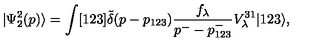
| \Psi _ { 2 } ^ { 2 } ( p ) \rangle = \int [ 1 2 3 ] \tilde { \delta } ( p - p _ { 1 2 3 } ) \frac { f _ { \lambda } } { p ^ { - } - p _ { 1 2 3 } ^ { - } } V _ { \lambda } ^ { 3 1 } | 1 2 3 \rangle ,